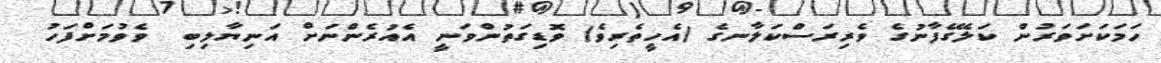
ހަމަކަށަވަރުން ކަލޭގެފާނުގެ ވެރިރަސްކަލާނގެ (އެހީތެރިވެ) ވޮޑިގަތުންވަނީ އެއުރެންނަށް އަނިޔާލިބި  ވެވުމަށްފަހު